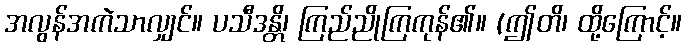
အလွန်အကဲသာလျှင်။ ပသီဒန္တိ၊ ကြည်ညိုကြကုန်၏။ (ဤတိ၊ ထို့ကြောင့်။